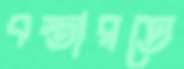
বস্তারতে